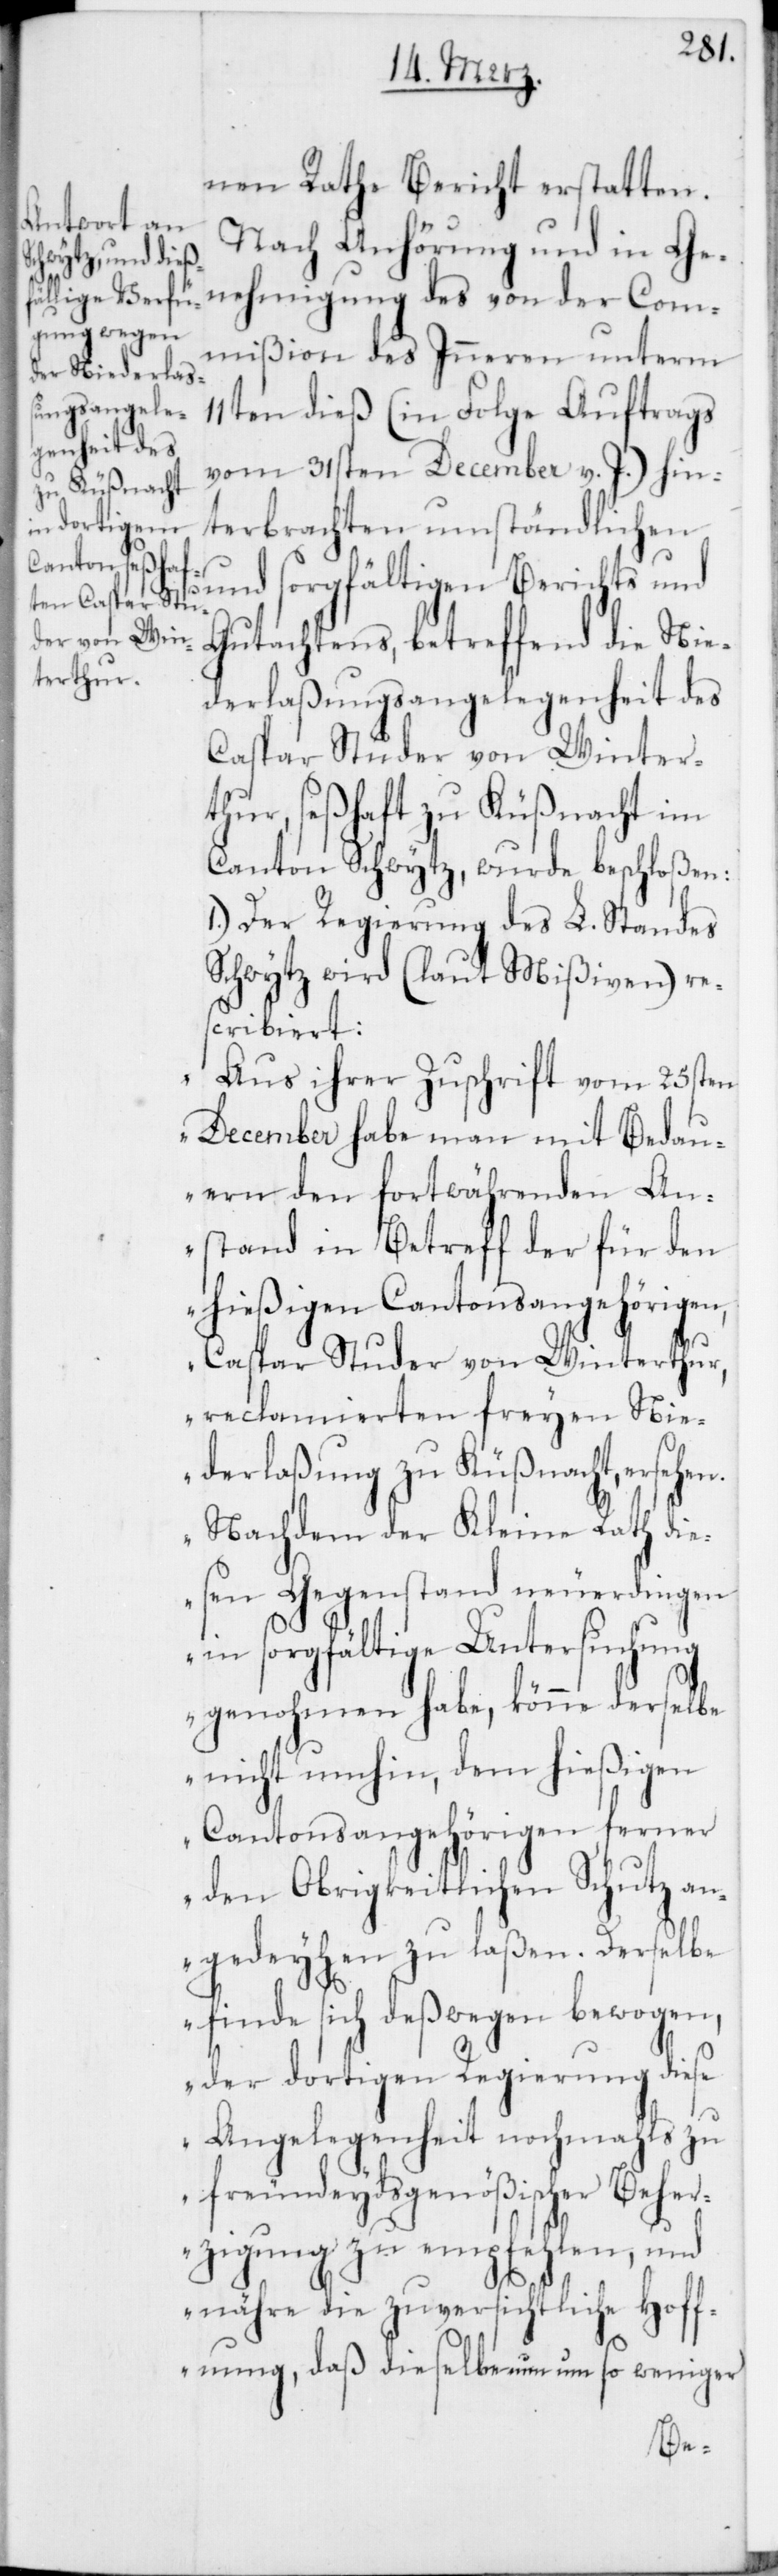
nen Rathe Bericht erstatten.
Nach Anhörung und in Ge¬
nehmigung des von der Com¬
mißion des Inneren unterm
11ten dieß (in Folge Auftrags
vom 31sten December v. J.) hin¬
terbrachten umständlichen
und sorgfältigen Berichts und
Gutachtens, betreffend die Nie¬
derlaßungsangelegenheit des
Caspar Studer von Winter¬
thur, seßhaft zu Küßnacht im
Canton Schwytz, wurde beschloßen:
1.) Der Regierung des L. Standes
Schwytz wird (laut Mißiven) re¬
scribiert:
„Aus ihrer Zuschrift vom 25sten
December habe man mit Bedau¬
ern den fortwährenden An¬
stand in Betreff der für den
hießigen Cantonsangehörigen,
Caspar Studer von Winterthur,
reclamierten freyen Nie¬
derlaßung zu Küßnacht ersehen.
Nachdem der Kleine Rath die¬
sen Gegenstand neuerdingen
in sorgfältige Untersuchung
genohmen habe, könne derselbe
nicht umhin, dem hießigen
Cantonsangehörigen ferner
den Obrigkeitlichen Schutz an¬
gedeyhen zu laßen. Derselbe
finde sich deßwegen bewogen,
der dortigen Regierung diese
Angelegenheit nochmahls zu
freundeydsgenößischer Beher¬
zigung zu empfehlen, und
nähre die zuversichtliche Hoff¬
nung, daß dieselbe nun um so weniger